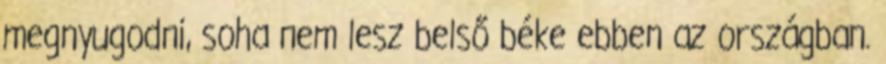
megnyugodni, soha nem lesz belső béke ebben az országban.